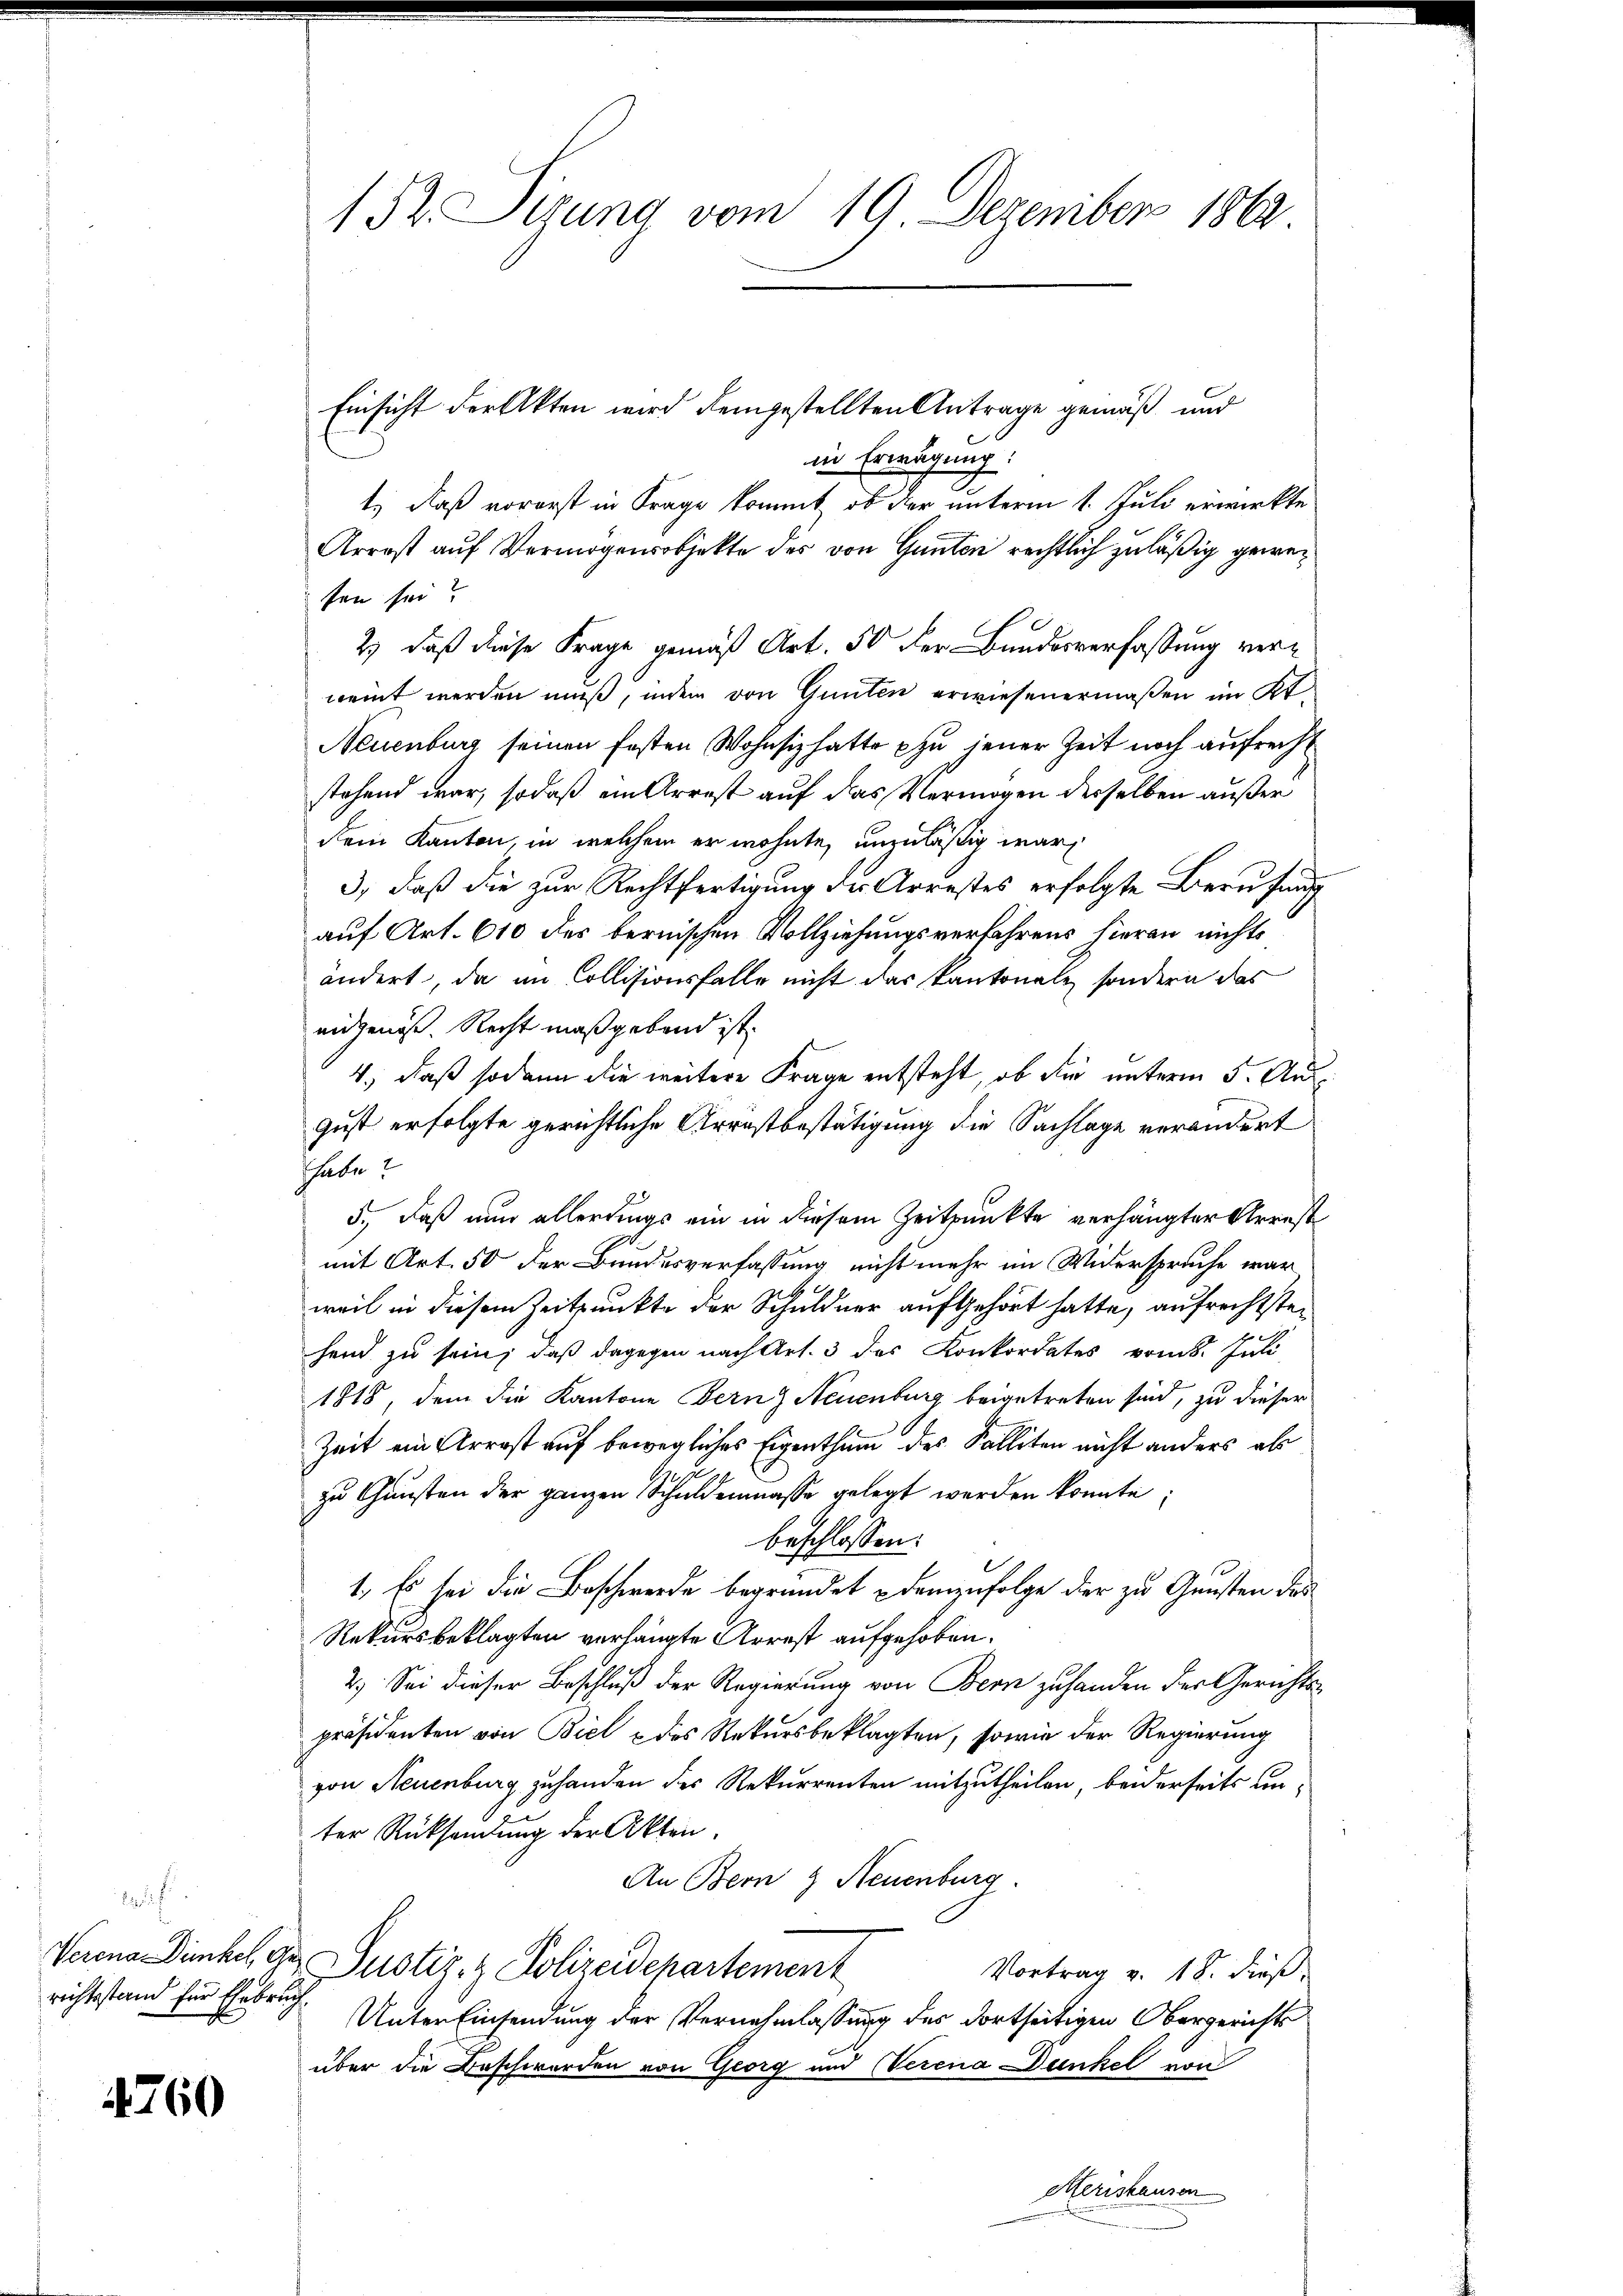
2
richtsstand für Ehebruch.

4760

Einsicht der Akten wird demgestellten Antrage gemäß und
in Erwägung:
t., daß vorerst in Frage kommt, ob der unterm 1. Juli erwirkte
Arrost auf Vermögensobjekte des von Ganten rechtlich zuläßig geweisen sei?
2.) daß diese Frage gemäß Art. 50 der Bundesverfassung verneint werden muß, indem von Gunten erwiesenermaßen im Kt.
Neuenburg seinen festen Wohnsiz hatte zu jener Zeit noch aufrecht
stehend war, sodaß ein Arrest auf das Vermögen derselben außer
dem Kanton in welchem er wohnte, unzuläßig war,
3., daß die zur Rechtfertigung der Arrestes erfolgte Berufung
auf Art. 610 des bernischen Vollziehungsverfahrens hieran nichts
ändert, da im Collisionsfalle nicht das kantonale, sondern das
eidgenöß. Recht maßgeband ist.
4.), daß sodann die weitere Frage entsteht, ob die unterm 5. Aug
gust erfolgte gerichtliche Arrestbestätigung die Sachlage verändert
Thabe?
5.) Daß nun allerdings ein in diesem Zeitpunkte verhängter Arrest
mit Art. 50 der Bundesverfassung nicht mehr im Widerspruche war
weil in diesem Zeitpunkte der Schuldner aufgehört hatte, aufrechtstehend zu sein, daß dagegen nach Art. 3 des Konkordates vom 8. Juli
1818, dem die Kantone Fernz Neuenburg beigetreten sind, zu dieser
Zeit ein Arrest auf bewegliches Eigenthum des Salliten nicht anders als
zu Gunsten der ganzen Schuldenmasse gelegt werden konnte;
beschlossen:
1. Es sei die Beschwerde begründet demenfolge der zu Gunsten des
Rekursbeklagten verhängte Arrest aufgehoben.
2.) Sei dieser Beschluß der Regierung von Bern zuhanden der Gerichtspräsidenten von Biel & des Rekursbeklagten, sowie der Regierung
von Neuenburg zuhanden des Rekurrenten mitzutheilen, beiderseits unter Rücksendung der Akten.
An Bern & Neuenburg.
Verena Dünkel, der Justiz- & Polizeidepartement
Vortrag v. 18. dieß
Unter Einsendung der Vernehmlassung des dortseitigen Obergerichts
über die Beschwerden von Georg und Verena Dunkel von
Merishausen

152. Sizung vom 19 Dezember 1862